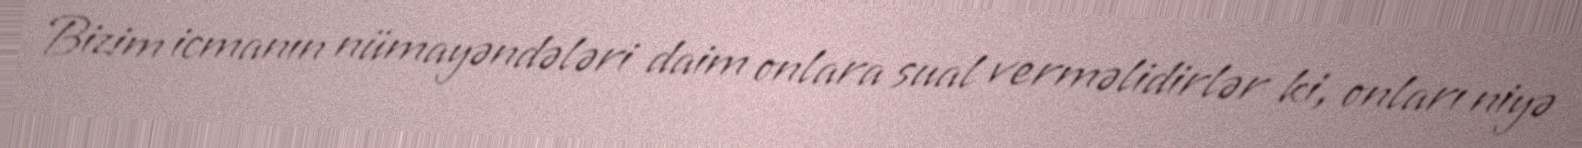
Bizim icmanın nümayəndələri daim onlara sual verməlidirlər ki, onları niyə